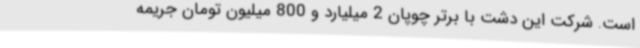
است. شرکت این دشت با برتر چوپان 2 میلیارد و 800 میلیون تومان جریمه